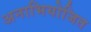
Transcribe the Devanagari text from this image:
अनाभियोजित